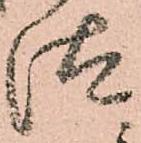
汰